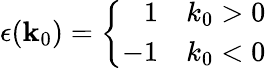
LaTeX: \epsilon(\mathbf{k}_{0})=\left\{ \begin{array}{rl}{{1}}&{{k_{0}>0}}\\ {{-1}}&{{k_{0}<0}}\end{array}\right.